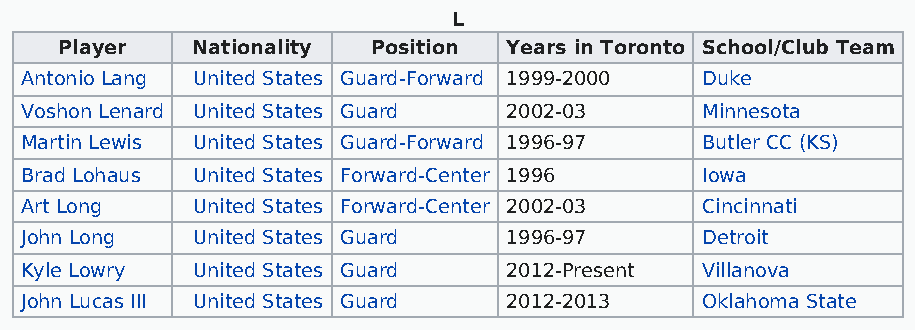
L
 Player   Nationality Position Years in Toronto School/Club Team
 Antonio Lang United States Guard-Forward 1999-2000 Duke
 Voshon Lenard United States Guard 2002-03    Minnesota
 Martin Lewis United States Guard-Forward 1996-97 Butler CC (KS)
 Brad Lohaus United States Forward-Center 1996 Iowa
 Art Long    United States Forward-Center 2002-03 Cincinnati
 John Long   United States Guard 1996-97      Detroit
 Kyle Lowry  United States Guard 2012-Present Villanova
 John Lucas III United States Guard 2012-2013 Oklahoma State